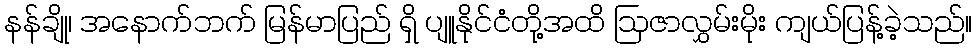
နန်ချို၊ အနောက်ဘက် မြန်မာပြည် ရှိ ပျူနိုင်ငံတို့အထိ ဩဇာလွှမ်းမိုး ကျယ်ပြန့်ခဲ့သည်။